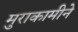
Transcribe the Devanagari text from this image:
मुराकामीने